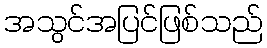
အသွင်အပြင်ဖြစ်သည်